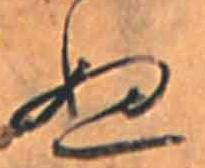
ぬ